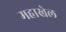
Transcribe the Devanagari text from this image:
महाखेल